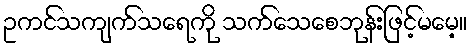
ဥကင်သကျက်သရေကို သက်သေစေဘုန်းဖြင့်မမေ့။